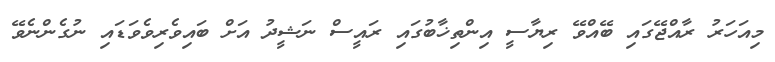
މިއަހަރު ރާއްޖޭގައި ބޭއްވޭ ރިޔާސީ އިންތިޚާބުގައި ރައީސް ނަޝީދު އަށް ބައިވެރިވެވަޑައި ނުގެންނެވޭ